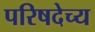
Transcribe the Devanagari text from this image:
परिषदेच्य